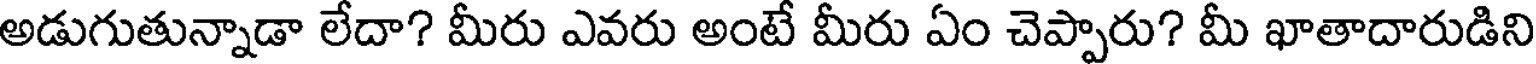
అడుగుతున్నాడా లేదా? మీరు ఎవరు అంటే మీరు ఏం చెప్పారు? మీ ఖాతాదారుడిని